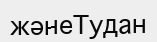
жәнеТудан